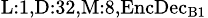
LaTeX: _{\textrm{L}:1,\textrm{D}:32,\textrm{M}:8,\textrm{EncDec}_{\textrm{B}1}}